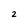
Character: 2